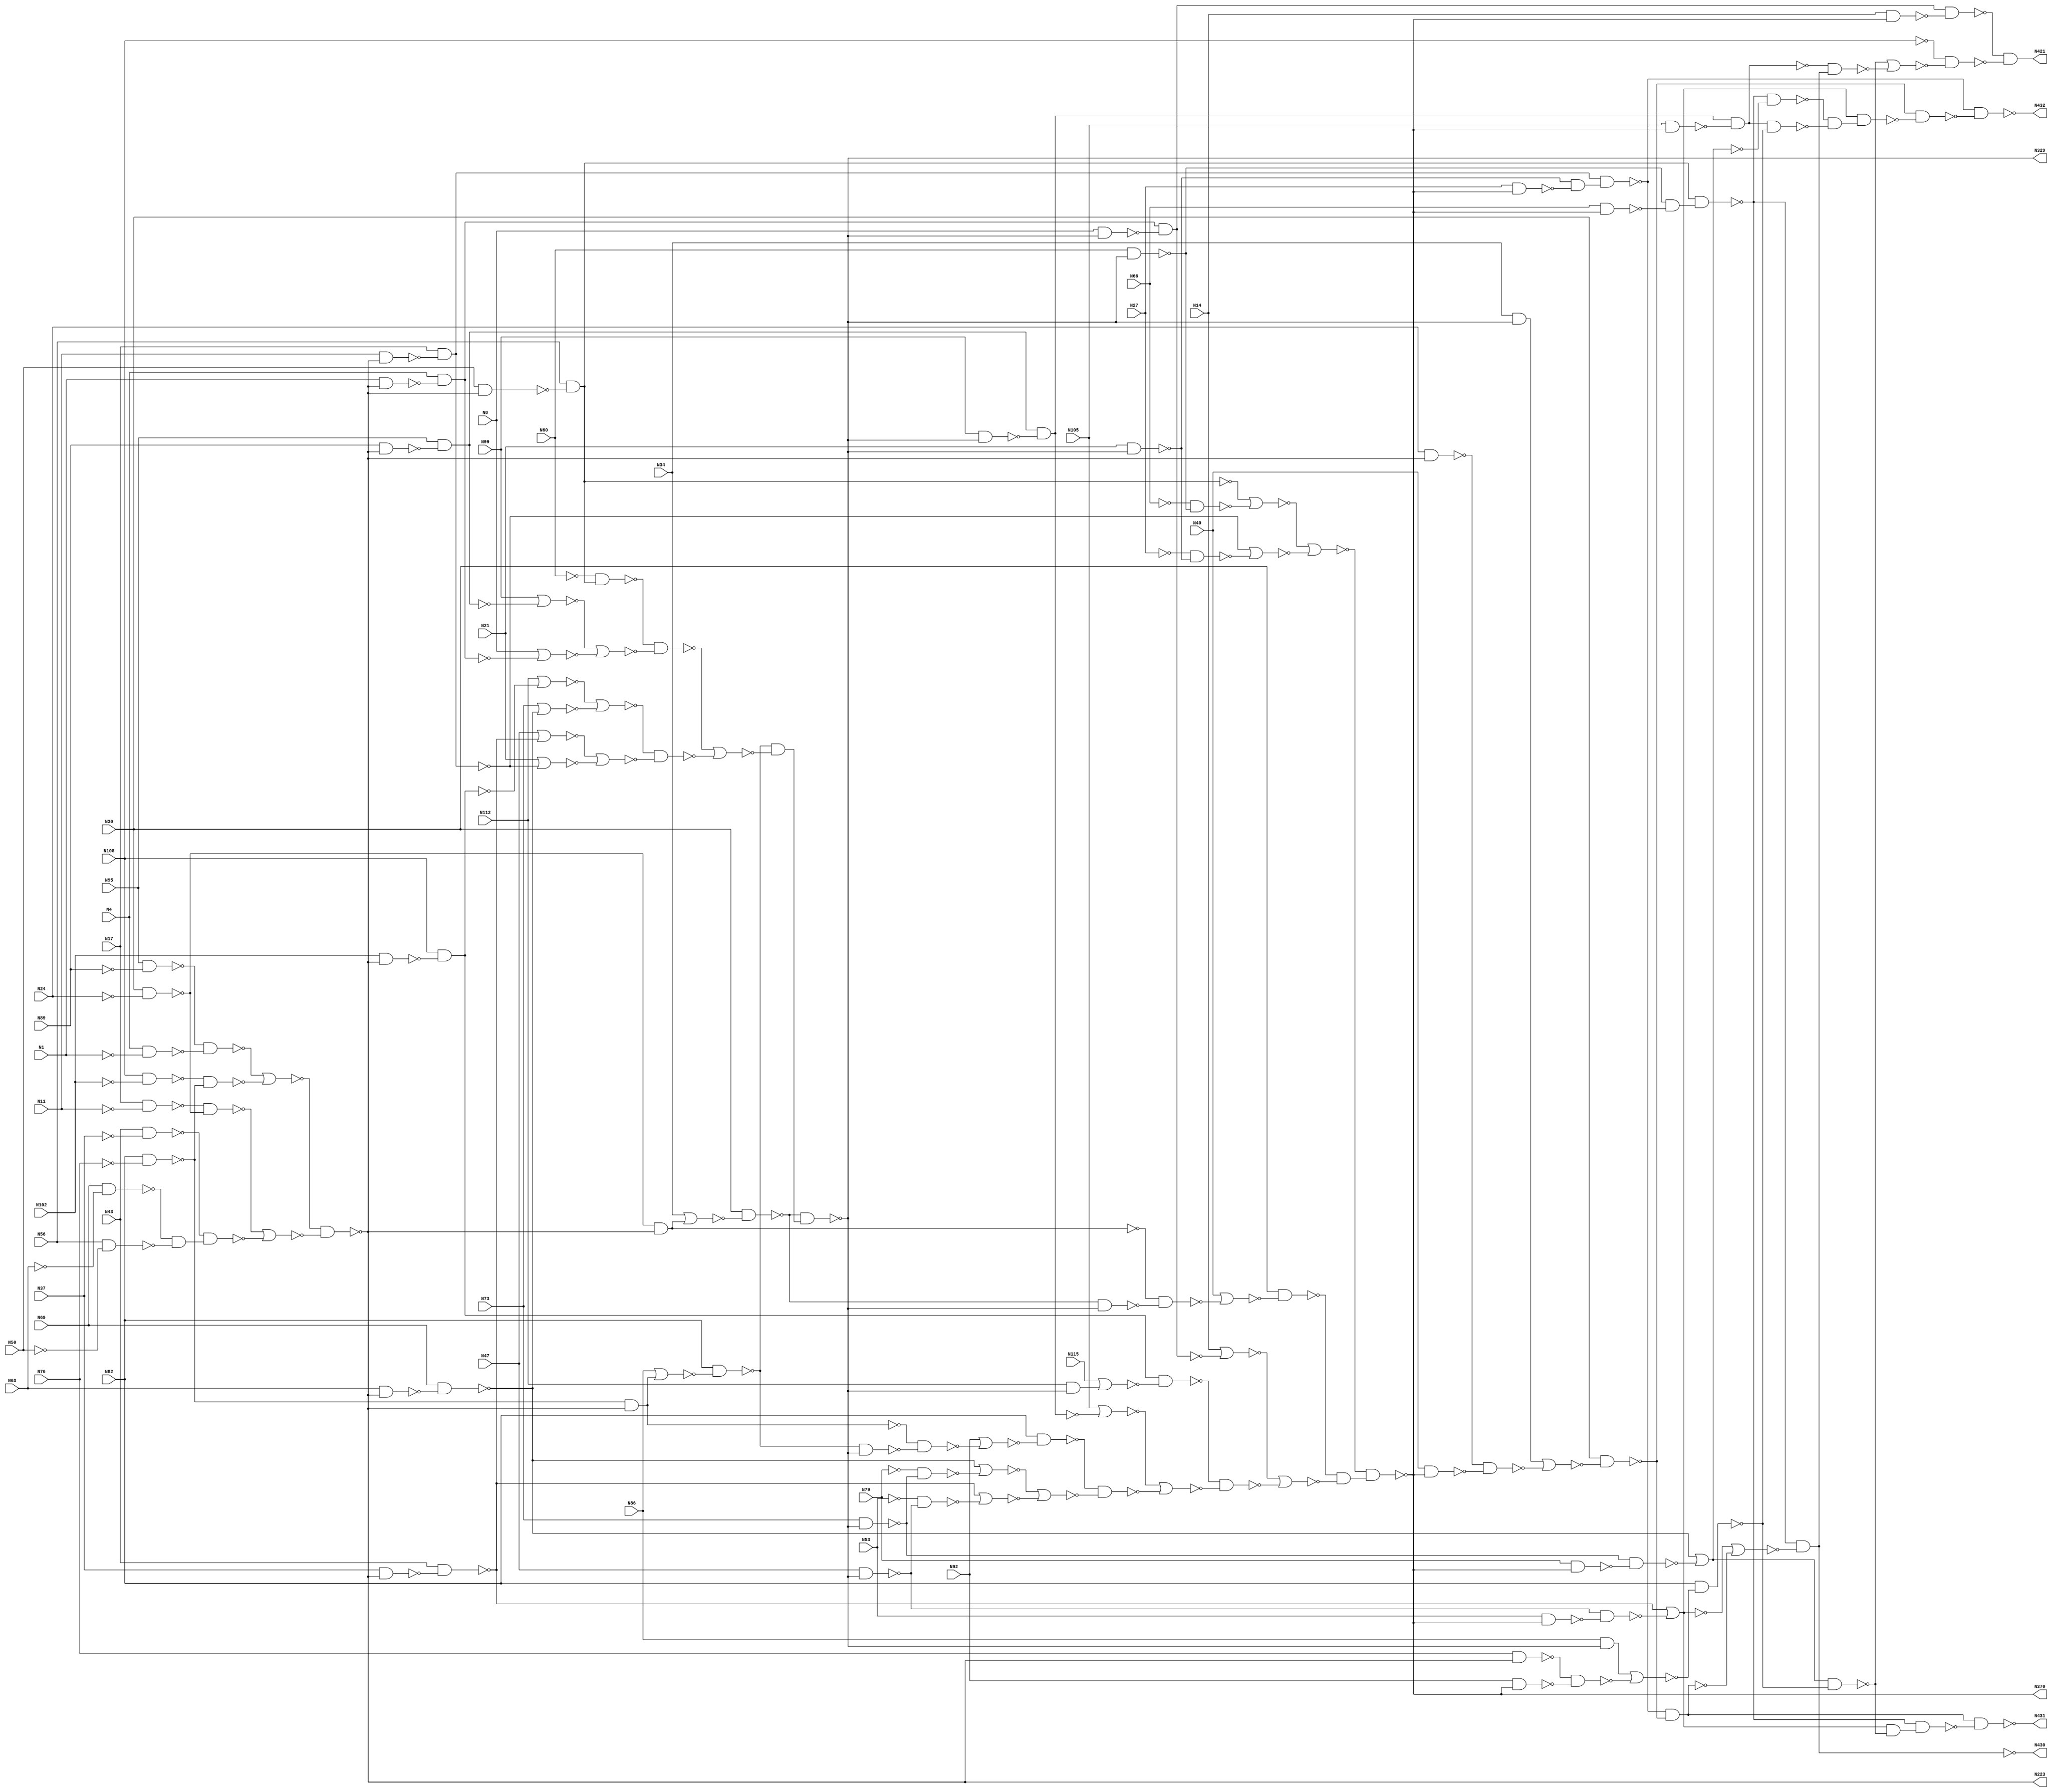

// Generated by Cadence Genus(TM) Synthesis Solution 16.22-s033_1
// Generated on: Mar  9 2020 17:49:49 EDT (Mar  9 2020 21:49:49 UTC)

// Verification Directory fv/c432 

module c432(N1, N4, N8, N11, N14, N17, N21, N24, N27, N30, N34, N37,
     N40, N43, N47, N50, N53, N56, N60, N63, N66, N69, N73, N76, N79,
     N82, N86, N89, N92, N95, N99, N102, N105, N108, N112, N115, N223,
     N329, N370, N421, N430, N431, N432);
  input N1, N4, N8, N11, N14, N17, N21, N24, N27, N30, N34, N37, N40,
       N43, N47, N50, N53, N56, N60, N63, N66, N69, N73, N76, N79, N82,
       N86, N89, N92, N95, N99, N102, N105, N108, N112, N115;
  output N223, N329, N370, N421, N430, N431, N432;
  wire N1, N4, N8, N11, N14, N17, N21, N24, N27, N30, N34, N37, N40,
       N43, N47, N50, N53, N56, N60, N63, N66, N69, N73, N76, N79, N82,
       N86, N89, N92, N95, N99, N102, N105, N108, N112, N115;
  wire N223, N329, N370, N421, N430, N431, N432;
  wire n_0, n_1, n_2, n_3, n_4, n_5, n_6, n_7;
  wire n_8, n_9, n_10, n_11, n_12, n_13, n_14, n_15;
  wire n_16, n_17, n_18, n_19, n_20, n_21, n_22, n_23;
  wire n_24, n_25, n_26, n_27, n_28, n_29, n_30, n_31;
  wire n_32, n_33, n_34, n_35, n_36, n_37, n_38, n_39;
  wire n_41, n_42, n_43, n_60, n_61, n_62, n_63, n_64;
  wire n_65, n_66, n_67, n_68, n_69, n_70, n_71, n_72;
  wire n_73, n_74, n_75, n_76, n_77, n_78, n_79, n_80;
  wire n_81, n_82, n_83, n_84, n_85, n_86, n_87, n_88;
  wire n_89, n_90, n_91, n_92, n_93, n_94, n_95, n_96;
  wire n_98, n_99, n_100, n_101, n_102, n_103, n_104, n_105;
  wire n_106, n_107, n_108, n_109, n_110, n_111, n_112, n_113;
  wire n_114, n_115, n_116, n_117, n_118, n_119, n_120, n_121;
  wire n_122, n_123, n_124, n_125, n_126, n_127, n_128, n_129;
  wire n_130, n_131, n_132, n_133, n_134, n_135, n_136, n_137;
  wire n_138, n_139, n_140, n_141, n_142, n_143, n_144, n_146;
  wire n_147, n_148, n_149, n_150, n_151, n_152, n_153, n_154;
  wire n_155, n_156, n_157, n_158, n_159, n_160, n_161, n_162;
  wire n_163, n_164, n_165, n_166, n_167, n_168, n_169, n_170;
  wire n_171, n_172, n_173, n_174, n_175, n_176, n_177, n_178;
  wire n_179, n_181, n_183, n_184, n_186, n_187, n_188;
  not g2425 (N421, n_188);
  nand g2426__7837 (n_188, n_152, n_187);
  nand g2427__7557 (n_187, n_3, n_186);
  nor g2428__7654 (n_186, n_173, n_184);
  nand g2429__8867 (N432, n_164, n_183);
  nand g2430__1377 (n_184, n_156, n_181);
  nand g2432__3717 (n_183, n_165, n_178);
  nand g2431__4599 (N431, n_169, n_179);
  not g2433 (n_181, N430);
  nand g2435__3779 (n_179, n_177, n_176);
  nand g2436__2007 (n_178, n_172, n_175);
  nand g2434__1237 (N430, n_177, n_170);
  not g2438 (n_176, n_174);
  not g2439 (n_175, n_171);
  nand g2440__1297 (n_174, n_172, n_173);
  nand g2441__2006 (n_171, n_163, n_167);
  nor g2437__2833 (n_170, n_162, n_168);
  not g2443 (n_169, n_168);
  nand g2442__7547 (n_173, n_161, n_166);
  nand g2444__7765 (n_167, n_157, n_166);
  nand g2445__9867 (n_168, n_164, n_165);
  nand g2447__3377 (n_163, n_177, n_160);
  nand g2446__9719 (n_166, N82, n_158);
  nand g2448__1591 (n_165, N30, n_159);
  not g2453 (n_172, n_162);
  nand g2452__6789 (n_177, n_79, n_154);
  not g2449 (n_161, n_160);
  nand g2455__5927 (n_164, n_71, n_155);
  nor g2454__2001 (n_159, n_100, n_147);
  nor g2451__1122 (n_160, n_117, n_151);
  nor g2450__2005 (n_158, n_101, n_153);
  nor g2456__9771 (n_162, n_121, n_149);
  not g2457 (n_157, n_156);
  not g2462 (n_155, n_148);
  not g2463 (n_154, n_150);
  nand g2460__3457 (n_153, n_39, n_144);
  nand g2459__1279 (n_152, n_116, n_142);
  nand g2458__6179 (n_151, n_106, n_146);
  nand g2461__7837 (n_156, n_113, n_139);
  nand g2466__7557 (n_150, n_108, n_138);
  nand g2465__7654 (n_149, n_102, n_141);
  nand g2464__8867 (n_148, n_110, n_140);
  nand g2467__1377 (n_147, n_35, n_143);
  nand g2469__3717 (n_146, N79, N370);
  nand g2468__4599 (n_144, N92, N370);
  nand g2475__3779 (n_143, N40, N370);
  nand g2470__2007 (n_142, N14, N370);
  nand g2473__1237 (n_141, N53, N370);
  nand g2472__1297 (n_140, N27, N370);
  nand g2471__2006 (n_139, N105, N370);
  nand g2474__2833 (n_138, N66, N370);
  nand g2476__7547 (N370, n_131, n_137);
  not g2477 (n_137, n_136);
  nand g2478__7765 (n_136, n_129, n_135);
  nor g2479__9867 (n_135, n_123, n_134);
  nand g2480__3377 (n_134, n_127, n_133);
  nor g2481__9719 (n_133, n_120, n_132);
  nand g2482__1591 (n_132, n_128, n_130);
  nor g2483__6789 (n_131, n_126, n_125);
  nor g2484__5927 (n_130, n_118, n_122);
  nand g2485__2001 (n_129, N30, n_124);
  nand g2486__1122 (n_128, N82, n_119);
  nand g2493__2005 (n_127, n_66, n_114);
  nor g2489__9771 (n_126, n_69, n_109);
  nor g2488__3457 (n_125, n_73, n_111);
  nor g2487__1279 (n_124, N40, n_105);
  nor g2490__6179 (n_123, N14, n_115);
  nor g2494__7837 (n_122, n_121, n_103);
  nor g2492__7557 (n_120, N105, n_112);
  nor g2491__7654 (n_119, N92, n_104);
  nor g2495__8867 (n_118, n_117, n_107);
  not g2496 (n_116, n_115);
  nor g2499__1377 (n_114, N115, n_99);
  not g2501 (n_113, n_112);
  nand g2498__3717 (n_111, n_7, n_110);
  nand g2497__4599 (n_109, n_2, n_108);
  nand g2502__3779 (n_107, n_10, n_106);
  nand g2500__2007 (n_115, n_68, n_94);
  nand g2505__1237 (n_105, n_42, n_98);
  nand g2504__1297 (n_104, n_60, n_91);
  nand g2503__2006 (n_103, n_8, n_102);
  nand g2506__2833 (n_112, n_63, n_92);
  not g2507 (n_101, n_95);
  not g2508 (n_100, n_96);
  not g2514 (n_99, n_93);
  nand g2511__7547 (n_98, n_90, N329);
  nand g2510__7765 (n_96, N34, N329);
  nand g2509__9867 (n_95, N86, N329);
  nand g2513__3377 (n_110, N21, N329);
  nand g2512__9719 (n_108, N60, N329);
  nand g2515__1591 (n_94, N8, N329);
  nand g2516__6789 (n_93, N112, N329);
  nand g2517__5927 (n_92, N99, N329);
  nand g2518__2001 (n_91, n_87, N329);
  nand g2520__1122 (n_102, N47, N329);
  nand g2519__2005 (n_106, N73, N329);
  nand g2521__9771 (N329, n_90, n_89);
  not g2522 (n_89, n_88);
  nand g2523__3457 (n_88, n_87, n_86);
  nor g2524__1279 (n_86, n_85, n_84);
  nand g2525__6179 (n_85, n_80, n_81);
  nand g2526__7837 (n_84, n_83, n_82);
  nor g2527__7557 (n_83, n_78, n_77);
  nor g2528__7654 (n_82, n_76, n_74);
  nor g2529__8867 (n_81, n_72, n_75);
  nand g2533__1377 (n_87, N82, n_70);
  nand g2535__3717 (n_80, n_9, n_79);
  nand g2538__4599 (n_90, N30, n_64);
  nor g2530__3779 (n_78, N112, n_65);
  nor g2531__2007 (n_77, N73, n_117);
  nor g2532__1237 (n_76, N47, n_121);
  nor g2534__1297 (n_75, N8, n_67);
  nor g2536__2006 (n_74, N21, n_73);
  nor g2537__2833 (n_72, N99, n_62);
  not g2539 (n_71, n_73);
  nor g2540__7547 (n_70, N86, n_61);
  not g2547 (n_79, n_69);
  not g2545 (n_68, n_67);
  not g2544 (n_66, n_65);
  nor g2541__7765 (n_64, N34, n_43);
  not g2546 (n_63, n_62);
  nand g2548__9867 (n_65, N108, n_38);
  nand g2543__3377 (n_121, N43, n_36);
  nand g2542__9719 (n_73, N17, n_37);
  nand g2551__1591 (n_69, N56, n_32);
  nand g2550__6789 (n_62, N95, n_34);
  nand g2549__5927 (n_67, N4, n_33);
  nand g2552__2001 (n_117, N69, n_41);
  not g2558 (n_61, n_60);
  not g2559 (n_43, n_42);
  nand g2554__1122 (n_41, N63, N223);
  nand g2553__2005 (n_39, N76, N223);
  nand g2557__9771 (n_38, N102, N223);
  nand g2555__3457 (n_37, N11, N223);
  nand g2556__1279 (n_36, N37, N223);
  nand g2560__6179 (n_35, N24, N223);
  nand g2561__7837 (n_34, N89, N223);
  nand g2562__7557 (n_33, N1, N223);
  nand g2563__7654 (n_32, N50, N223);
  nand g2565__8867 (n_42, n_25, N223);
  nand g2564__1377 (n_60, n_23, N223);
  nand g2566__3717 (N223, n_29, n_31);
  nor g2567__4599 (n_31, n_26, n_30);
  nand g2569__3779 (n_30, n_19, n_28);
  nor g2568__2007 (n_29, n_22, n_24);
  not g2572 (n_28, n_27);
  nand g2573__1237 (n_27, n_17, n_16);
  nand g2570__1297 (n_26, n_21, n_25);
  nand g2571__2006 (n_24, n_15, n_23);
  nand g2574__2833 (n_22, n_20, n_18);
  nand g2576__7547 (n_21, N17, n_5);
  nand g2583__7765 (n_20, N95, n_11);
  nand g2581__9867 (n_19, N43, n_6);
  nand g2577__3377 (n_23, N82, n_4);
  nand g2575__9719 (n_18, N4, n_0);
  nand g2580__1591 (n_17, N69, n_14);
  nand g2579__6789 (n_16, N56, n_1);
  nand g2582__5927 (n_15, N108, n_12);
  nand g2578__2001 (n_25, N30, n_13);
  not g2584 (n_14, N63);
  not g2590 (n_13, N24);
  not g2596 (n_12, N102);
  not g2593 (n_11, N89);
  not g2597 (n_10, N79);
  not g2585 (n_9, N60);
  not g2591 (n_8, N53);
  not g2587 (n_7, N27);
  not g2589 (n_6, N37);
  not g2588 (n_5, N11);
  not g2592 (n_4, N76);
  not g2598 (n_3, N108);
  not g2586 (n_2, N66);
  not g2595 (n_1, N50);
  not g2594 (n_0, N1);
endmodule